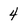
Character: 4